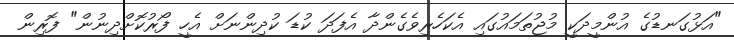
"އަޅުގަނޑުގެ އުންމީދަކީ މުޖުތަމައުގައި އެކަހެރިވެގެންދާ އެފަދަ ކުޑަ ކުދިންނަށް އެހީ ފޯރުކޮށްދިނުން" ފޮރިން